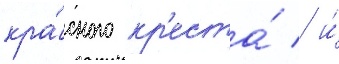
кра́сного кр'еста́ / и́